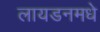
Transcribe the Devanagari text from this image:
लायडनमधे